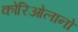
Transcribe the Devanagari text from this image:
कोरिओलानो